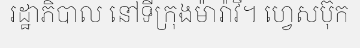
រដ្ឋាភិបាល នៅទីក្រុងម៉ារ៉ាវី។ ហ្វេសប៊ុក